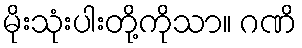
မိုးသုံးပါးတို့ကိုသာ။ ဂဏိ